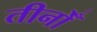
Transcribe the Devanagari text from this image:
तीनोँ